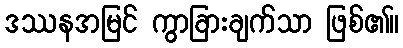
ဒဿနအမြင် ကွာခြားချက်သာ ဖြစ်၏။